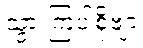
သွားကြပါစို့ဗျာ